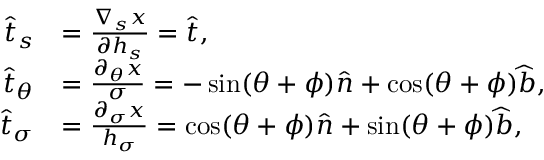
\begin{array} { r l } { \widehat { t } _ { s } } & { = \frac { \nabla _ { s } x } { \partial h _ { s } } = \widehat { t } , } \\ { \widehat { t } _ { \theta } } & { = \frac { \partial _ { \theta } x } { \sigma } = - \sin ( \theta + \phi ) \widehat { n } + \cos ( \theta + \phi ) \widehat { b } , } \\ { \widehat { t } _ { \sigma } } & { = \frac { \partial _ { \sigma } x } { h _ { \sigma } } = \cos ( \theta + \phi ) \widehat { n } + \sin ( \theta + \phi ) \widehat { b } , } \end{array}